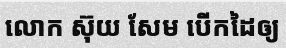
លោក ស៊ុយ សែម បើកដៃឲ្យ